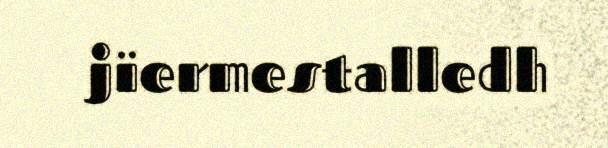
jïermestalledh